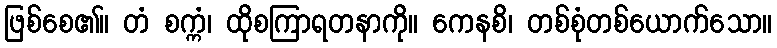
ဖြစ်စေ၏။ တံ စက္ကံ၊ ထိုစကြာရတနာကို။ ကေနစိ၊ တစ်စုံတစ်ယောက်သော။